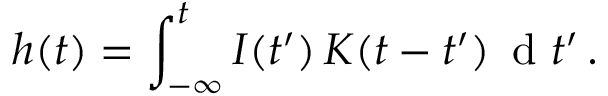
h ( t ) = \int _ { - \infty } ^ { t } I ( t ^ { \prime } ) \, K ( t - t ^ { \prime } ) \, \mathrm { ~ d ~ } t ^ { \prime } \, .